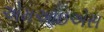
એમઆઇએસ